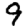
Digit: 9